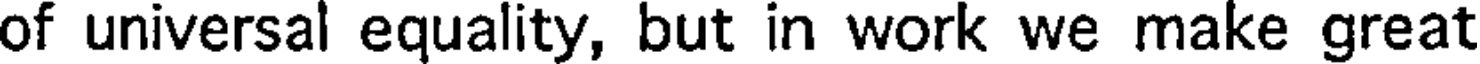
of universal equality, but in work we make great